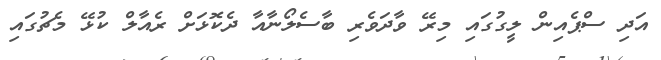
އަދި ސްޕެއިން ލީގުގައި މިރޭ ވާދަވެރި ބާސެލޯނާއާ ދެކޮޅަށް ރެއާލް ކުޅޭ މެޗުގައި